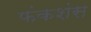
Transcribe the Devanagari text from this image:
फंकशंस